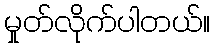
မှုတ်လိုက်ပါတယ်။